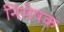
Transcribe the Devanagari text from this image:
निमेषक